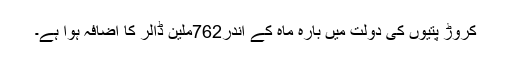
کروڑ پتیوں کی دولت میں بارہ ماہ کے اندر762ملین ڈالر کا اضافہ ہوا ہے۔